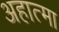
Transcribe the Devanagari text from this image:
अहात्मा